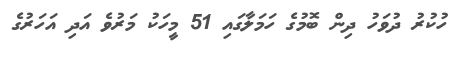
ހުކުރު ދުވަހު ދިން ބޮމުގެ ހަމަލާގައި 51 މީހަކު މަރުވެ އަދި އަހަރުގެ